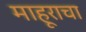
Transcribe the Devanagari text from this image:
माहूराचा